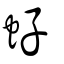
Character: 虸